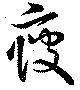
痩